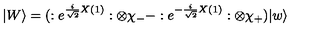
| W \rangle = ( : e ^ { \frac { i } { \sqrt { 2 } } X ( 1 ) } : \otimes \chi _ { - } - : e ^ { - \frac { i } { \sqrt { 2 } } X ( 1 ) } : \otimes \chi _ { + } ) | w \rangle